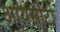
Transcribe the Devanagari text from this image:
आयसीटी